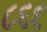
૮૬૬